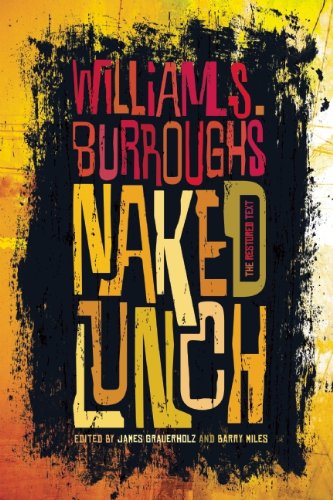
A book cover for Naked Lunch; William S. Burroughs; Humor & Entertainment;